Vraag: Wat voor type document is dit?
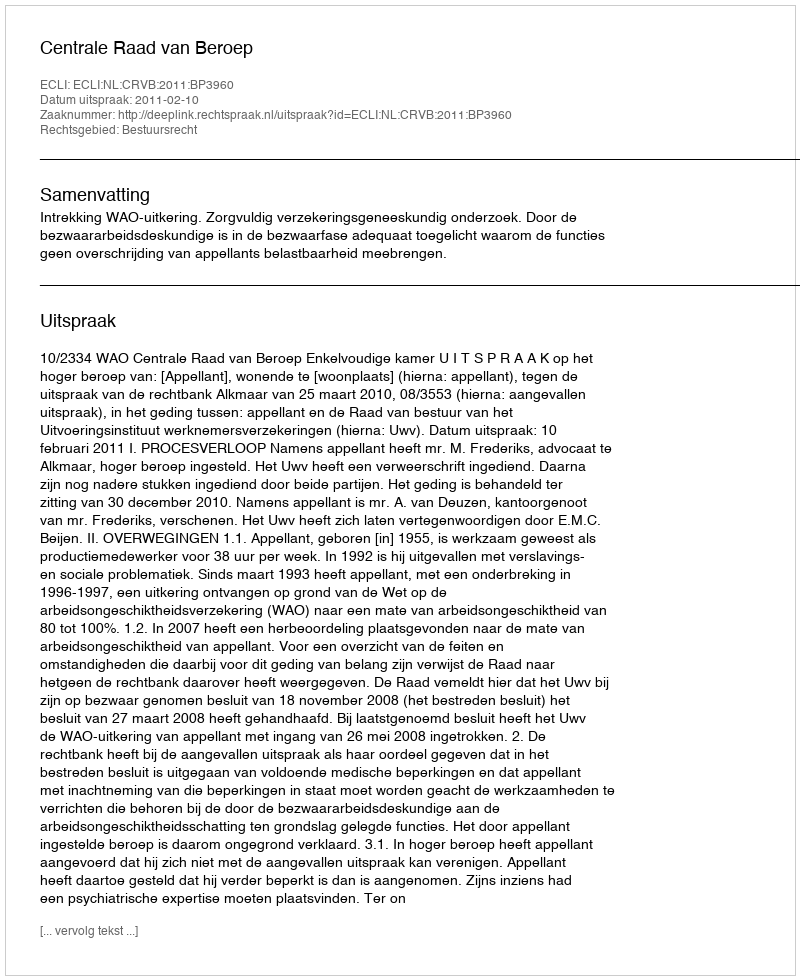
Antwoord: Uitspraak